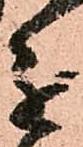
進